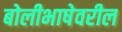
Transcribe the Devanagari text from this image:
बोलीभाषेवरील